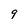
Character: 9